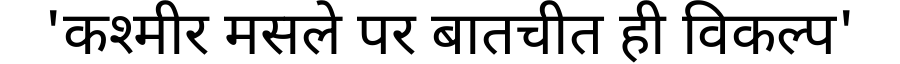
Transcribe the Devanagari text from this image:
'कश्मीर मसले पर बातचीत ही विकल्प'